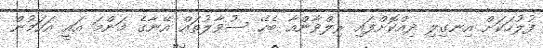
ފުލުހަކަށް އިނގިލި ދިއްކޮށްފައި ރިލްވާންއާ ބެހޭ ސުވާލުތައް އޭނާގެ މަންމަ އައީ އަހަމުން